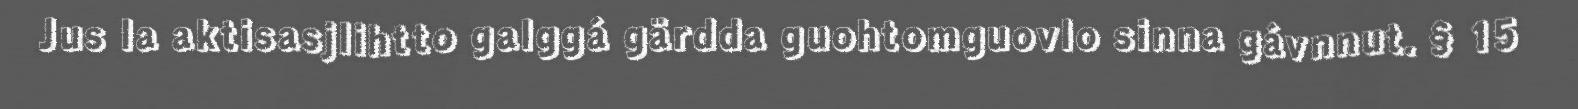
Jus la aktisasjlihtto galggá gärdda guohtomguovlo sinna gávnnut. § 15